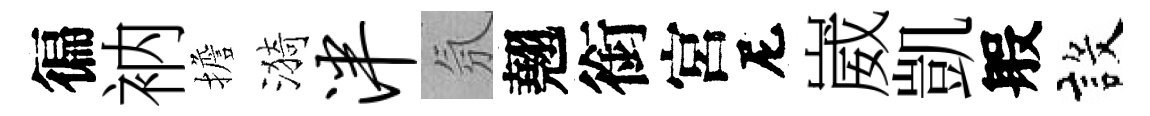
徧衲擔漪泮氛翹銜宮尼崴凱般設